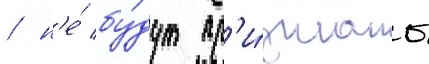
/ н'е́ бу́дут пр'и́знаны